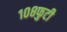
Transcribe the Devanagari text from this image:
१०८फुटी